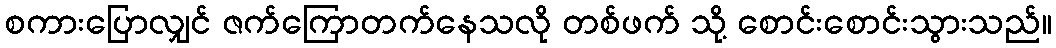
စကားပြောလျှင် ဇက်ကြောတက်နေသလို တစ်ဖက် သို့ စောင်းစောင်းသွားသည်။